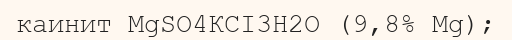
каинит MgSO4КСІ3Н2О (9,8% Mg);